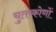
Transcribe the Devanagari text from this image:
चुतष्कोणों